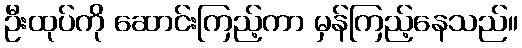
ဦးထုပ်ကို ဆောင်းကြည့်ကာ မှန်ကြည့်နေသည်။